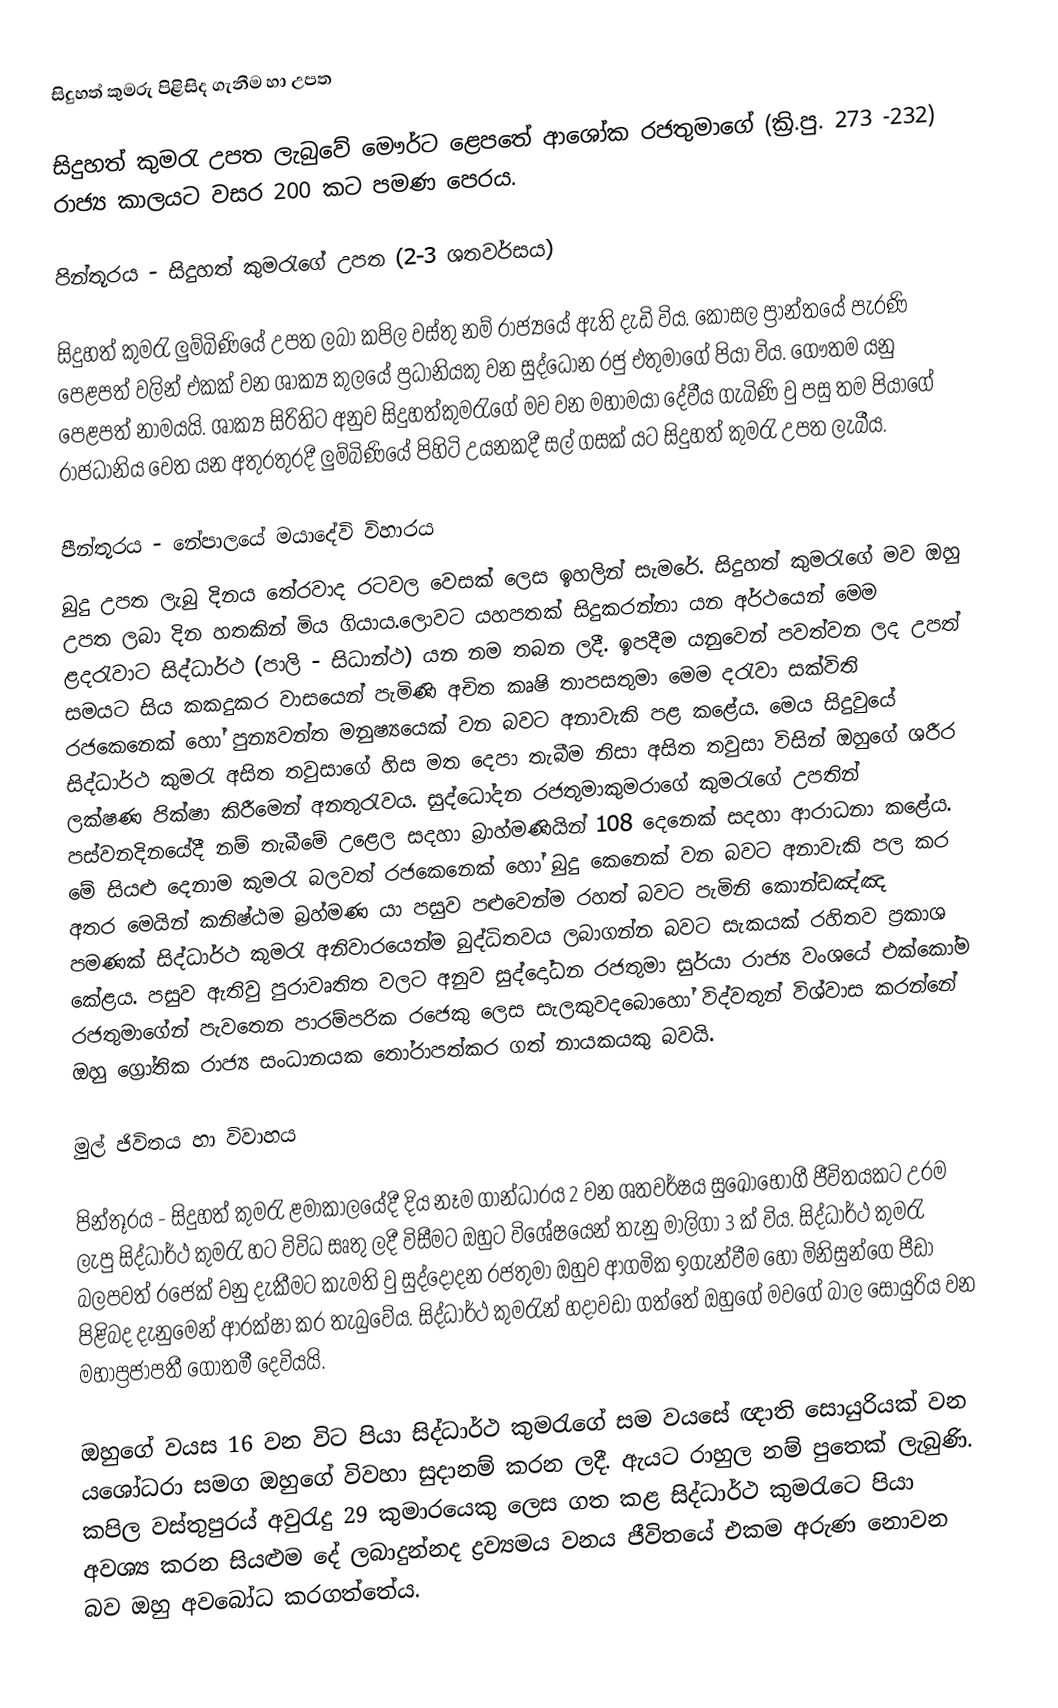
සිදුහත් කුමරු පිළිසිද ගැනීම හා උපත

සිදුහත් කුමරැ උපත ලැබුවේ මෞර්ට ළෙපතේ ආශෝක රජතුම‍ාගේ (ක්‍රි.පු. 273 -232) රාජ්‍ය කාලයට වසර 200 ක‍ට පමණ පෙරය.

පින්තූරය - සිදුහත් කුමරැගේ උපත (2-3 ශතවර්සය)

සිදුහත් කුමරැ ලුම්බිණියේ උපත ලබා කපිල වස්තු නම් රාජ්‍යයේ ඇති දැඩි විය. කෝසල ප්‍රාන්තයේ පැරණි පෙළපත් වලින් එකක් වන ශාක්‍ය කුලයේ ප්‍රධානියකු වන සුද්ධෝන රජු එතුමාගේ පියා විය. ගෞතම යනු පෙළපත් නාමයයි. ශාක්‍ය සිරිතිට අනුව සිදුහත්කුමරැගේ මව වන මහාමයා දේවීය ගැබිණි වු පසු තම පියාගේ රාජධානිය වෙත යන අතුරතුරදී ලුම්බිණියේ පිහිටි උයනකදී සල් ගසක් යට සිදුහත් කුමරැ උපත ලැබීය.

පීන්තූරය - නේපාලයේ මයාදේවි විහාරය
බුදු උපත ලැබු දිනය තේරවාද රටවල වෙසක් ලෙස ඉහලින් සැමරේ. සිදුහත් කුමරැගේ මව ඔහු උපත ලබා දින හතකින් මිය ගියාය.ලොවට යහපතක් සිදුකරන්නා යන අර්ථයෙන් මෙම ළදරැවාට සිද්ධාර්ථ (පාලි - සිධාන්ථ) යන නම තබන ලදී. ඉපදීම යනුවෙන් පවත්වන ලද උපත් සමයට සිය කකදුකර වාසයෙන් පැමිණි අචිත කෘෂි තාපසතුමා මෙම දරැවා සක්විති රජකෙනෙක් හෝ පුන්‍යවන්ත මනුෂ්‍යයෙක් වන බවට අනාවැකි පළ ‍කළේය.  මෙය සිදුවුයේ සිද්ධාර්ථ කුමරැ අසිත තවුසාගේ හිස මත දෙපා තැබීම නිසා අසිත තවුසා විසින් ඔහුගේ ශරීර ලක්ෂණ පික්ෂා කිරීමෙන් අනතුරැවය. සුද්ධෝදන රජතුමා‍කුමරාගේ කුමරැගේ උපතින් පස්වනදිනයේදී නම් තැබීමේ උළෙල සදහා බ්‍රාහ්මණියින් 108 දෙනෙක් සදහා ආරාධනා කළේය. මේ සියළු දෙනාම කුමරැ බලවත් රජකෙනෙක් හෝ බුදු කෙනෙක් වන බවට අනාවැකි පල කර අතර මෙයින් කනිෂ්ඨම බ්‍රහ්මණ යා පසුව පළුවෙන්ම රහත් බවට පැමිනි කොන්ඩඤ්ඤ පමණක් සිද්ධාර්ථ කුමරැ අනිවාරයෙන්ම බුද්ධිතවය ලබාගන්න බවට සැකයක් රහිතව ප්‍රකාශ කේළය. පසුව ඇතිවු පුරාවෘතිත වලට අනුව සුද්දෝධන රජතුමා සුර්යා රාජ්‍ය වංශයේ එක්කෝම රජතුමාගේන් පැවතෙන පාරම්පරික රජෙකු ලෙස සැලකුවද‍බොහෝ විද්වතුන් විශ්වාස කරන්නේ ඔහු ග්‍රෝතික රාජ්‍ය සංධානයක තෝරාපත්කර ගත් නායකයකු බවයි.

මුල් ජිවිතය හා විවාහය

පින්තූරය - සිදුහත් කුමරැ ළමාකාලයේදී දිය නෑම ගාන්ධාරය 2 වන ශතවර්ෂය සුඛොභෝගී ජීවිතයකට උරම ලැපු සිද්ධාර්ථ කුමරැ හට විවිධ සෘතු ලදී විසීමට ඔහුට විශේෂයෙන් තැනු මාලිගා 3 ක් විය. සිද්ධාර්ථ කුමරැ බලපවත් ර‍ජෙක් වනු දැකීමට කැමති වු සුද්දෝදන රජතුමා ඔහුව ආගමික ඉගැන්වීම හෝ මිනිසුන්ගෙ පීඩා පිළිබද දැනුමෙන් ආරක්ෂා කර තැබුවේය. සිද්ධාර්ථ කුමරැන් හදාවඩා ගත්තේ ඔහුගේ මවගේ බාල සොයුරිය වන මහාප්‍රජාපතී  ගෝතමී දෙවියයි.

ඔහුගේ වයස 16 වන විට පියා සිද්ධාර්ථ කුමරැගේ සම වයසේ ඥාති සොයුරියක් වන යශෝධරා සමග ඔහුගේ විවහා සුදානම් කරන ලදී. ඇයට රාහුල නම් පුතෙක් ලැබුණි. කපිල වස්තුපුරය් අවුරැදු 29 කුමාරයෙකු ලෙස ගත කළ සිද්ධාර්ථ කුමරැටෙ පියා අවශ්‍ය කරන සියළුම දේ ලබාදුන්නද ද්‍රව්‍යමය වනය ජීවිතයේ එකම අරුණ නොවන බව ඔහු අවබෝධ කරගත්තේය.